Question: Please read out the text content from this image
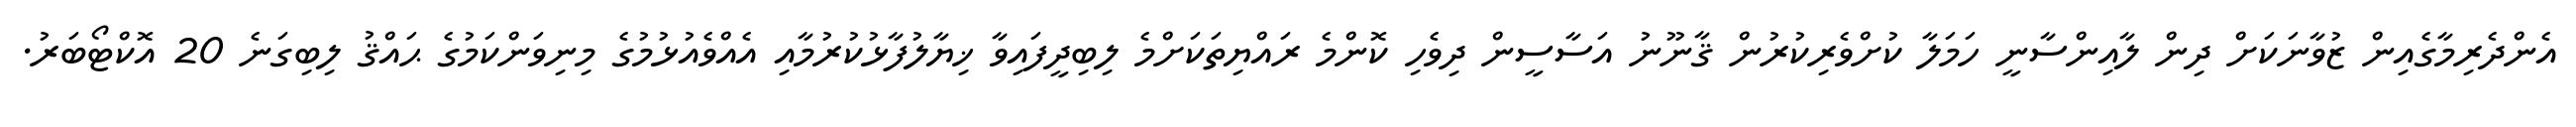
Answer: އެންދެރިމާގެއިން ޒުވާނަކަށް ދިން ލާއިންސާނީ ހަމަލާ ކުށްވެރިކުރުން ޤާނޫނު އަސާސީން ދިވެހި ކޮންމެ ރައްޔިތަކަށްމެ ލިބިދީފައިވާ ޚިޔާލުފާޅުކުރުމާއި އެއްވެއުޅުމުގެ މިނިވަންކަމުގެ ޙައްޤު ލިބިގަނެ 20 އޮކްޓޯބަރު.